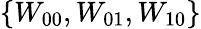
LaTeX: \{ W_{00},W_{01},W_{10}\}